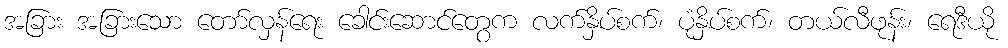
အခြား အခြားသော တော်လှန်ရေး ခေါင်းဆောင်တွေက လက်နှိပ်စက်၊ ပုံနှိပ်စက်၊ တယ်လီဖုန်း၊ ရေဒီယို